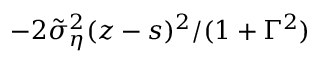
- 2 \tilde { \sigma } _ { \eta } ^ { 2 } ( z - s ) ^ { 2 } / ( 1 + \Gamma ^ { 2 } )